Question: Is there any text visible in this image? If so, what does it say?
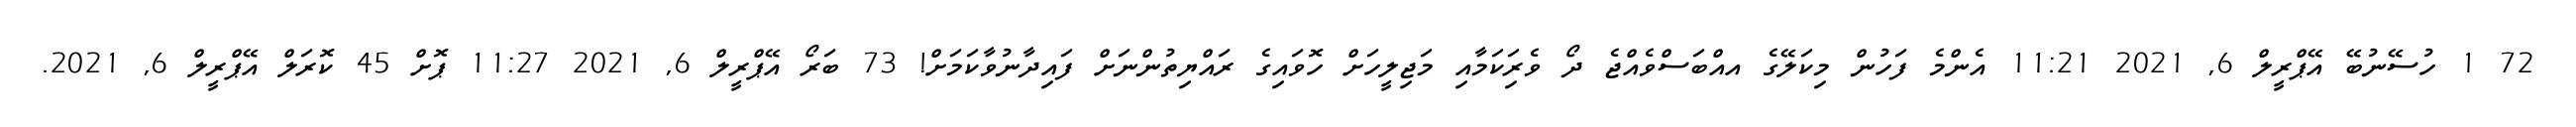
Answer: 72 1 ހުސޭނުބޭ އޭޕްރީލް 6, 2021 11:21 އެންމެ ފަހުން މިކަލޭގެ އއްބަސްވެއްޖެ ދޯ ވެރިަކަމާއި މަޖިލީހަށް ހޮވައިގެ ރައްޔިތުންނަށް ފައިދާނުވާކަމަށް! 73 ބަރޯ އޭޕްރީލް 6, 2021 11:27 ޕޮށް 45 ކޮރަލް އޭޕްރީލް 6, 2021.